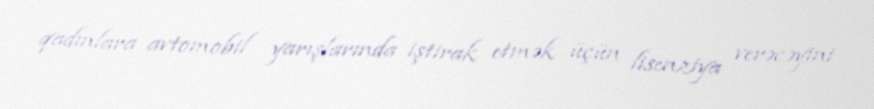
qadınlara avtomobil yarışlarında iştirak etmək üçün lisenziya verəcəyini